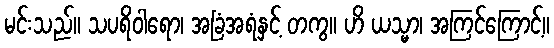
မင်းသည်။ သပရိဝါရော၊ အခြံအရံနှင့် တကွ။ ဟိ ယသ္မာ၊ အကြင်ကြောင့်။